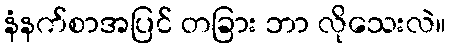
နံနက်စာအပြင် တခြား ဘာ လိုသေးလဲ။